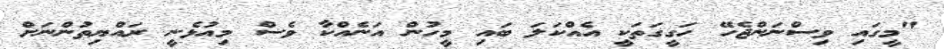
"މީގައި ވިސްނަންޖެހޭ ހަގީގަތަކީ އެއްކަލަ ބައި މީހުން އަނެއްކާ ވެސް މިއުޅެނީ ރައްޔިތުންނަށް